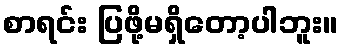
စာရင်း ပြဖို့မရှိတော့ပါဘူး။